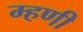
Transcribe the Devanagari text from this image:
म्‍हणी